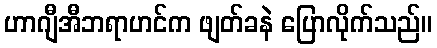
ဟာဂျီအီဘရာဟင်က ဖျတ်ခနဲ ပြောလိုက်သည်။